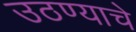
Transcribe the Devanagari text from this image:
उठण्याचे